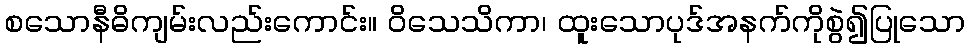
စသောနီဓိကျမ်းလည်းကောင်း။ ဝိသေသိကာ၊ ထူးသောပုဒ်အနက်ကိုစွဲ၍ပြုသော